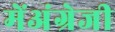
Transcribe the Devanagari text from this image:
मेंअंग्रेजी